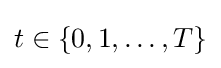
t\in \{0,1,\dots ,T\}